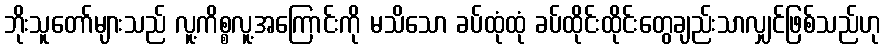
ဘိုးသူတော်များသည် လူ့ကိစ္စလူ့အကြောင်းကို မသိသော ခပ်ထုံထုံ ခပ်ထိုင်းထိုင်းတွေချည်းသာလျှင်ဖြစ်သည်ဟု